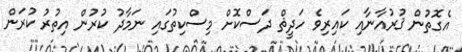
އެގޮތުން ޤުރުއާނާއި ކައިރިވެ ހަދީޘް ދަސްކޮށް މިސްކިތުގައި ނަމާދު ކުރުން އިތުރު ކުރަން